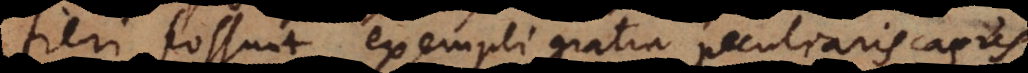
fieri possunt, exempli gratia peculiaris casus